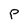
Character: P